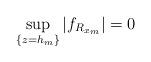
LaTeX: \begin{align*} \sup_{\{z=h_m\}}|f_{R_{x_m}}|=0\end{align*}